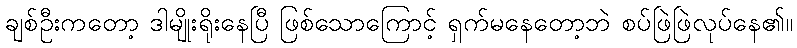
ချစ်ဦးကတော့ ဒါမျိုးရိုးနေပြီ ဖြစ်သောကြောင့် ရှက်မနေတော့ဘဲ စပ်ဖြဲဖြဲလုပ်နေ၏။